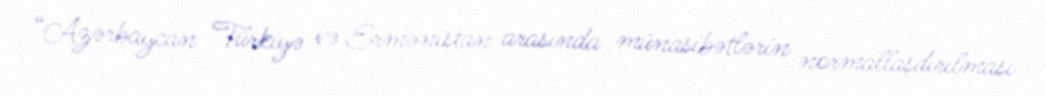
“Azərbaycan Türkiyə və Ermənistan arasında münasibətlərin normallaşdırılması